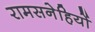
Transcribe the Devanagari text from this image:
रामसनेहियों